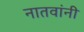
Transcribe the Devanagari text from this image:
नातवांनी